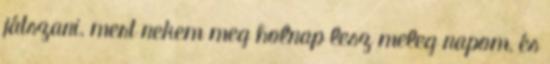
játszani, mert nekem meg holnap lesz meleg napom, és